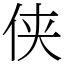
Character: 侠